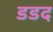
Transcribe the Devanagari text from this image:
डडद